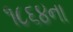
૧૮૬૪ના